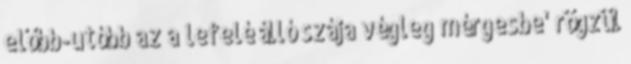
előbb-utóbb az a lefelé álló szája végleg mérgesbe' rögzül